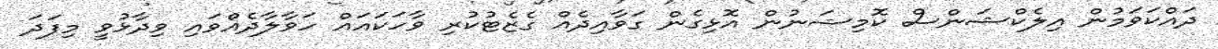
ދައްކަވަމުން އިލެކްޝަންސް ކޮމިޝަނުން އޮޅިގެން ގަވާއިދެއް ގެޒެޓުކުރި ވާހަކައައް ހަވާލާދެއްވައި ވިދާޅުވީ މިފަދަ